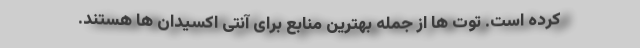
کرده است. توت ها از جمله بهترین منابع برای آنتی اکسیدان ها هستند.